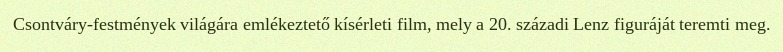
Csontváry-festmények világára emlékeztető kísérleti film, mely a 20. századi Lenz figuráját teremti meg.